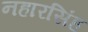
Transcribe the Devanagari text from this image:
नहारसिंह